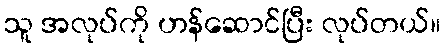
သူ အလုပ်ကို ဟန်ဆောင်ပြီး လုပ်တယ်။